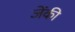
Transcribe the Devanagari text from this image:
जेंकी